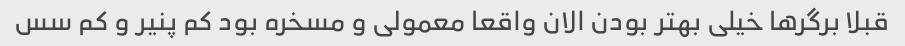
قبلا برگرها خیلی بهتر بودن الان واقعا معمولی و مسخره بود کم پنیر و کم سس